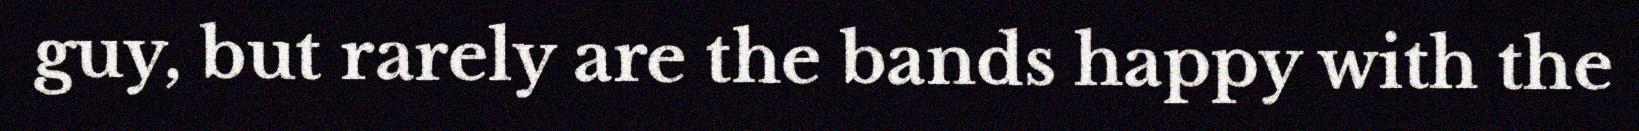
guy, but rarely are the bands happy with the